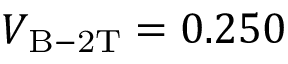
V _ { \mathrm { B - 2 T } } = 0 . 2 5 0